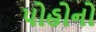
પોહોનો